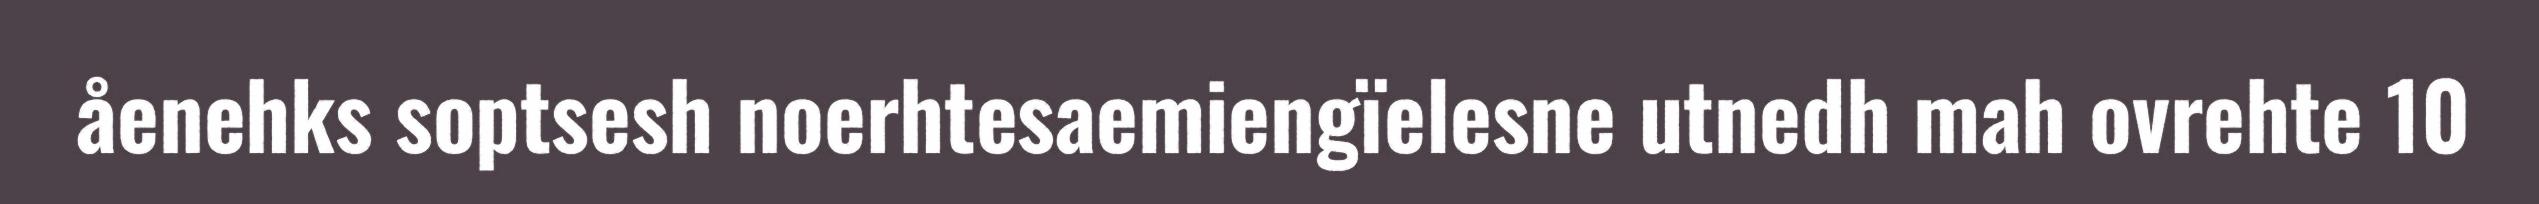
åenehks soptsesh noerhtesaemiengïelesne utnedh mah ovrehte 10